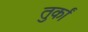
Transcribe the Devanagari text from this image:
तुर्कां